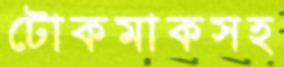
টোকমাকসহ